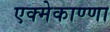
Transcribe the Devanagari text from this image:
एक्मेकाण्णा